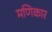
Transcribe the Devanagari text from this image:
मणिकार